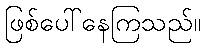
ဖြစ်ပေါ်နေကြသည်။